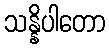
သန္နိပါတော